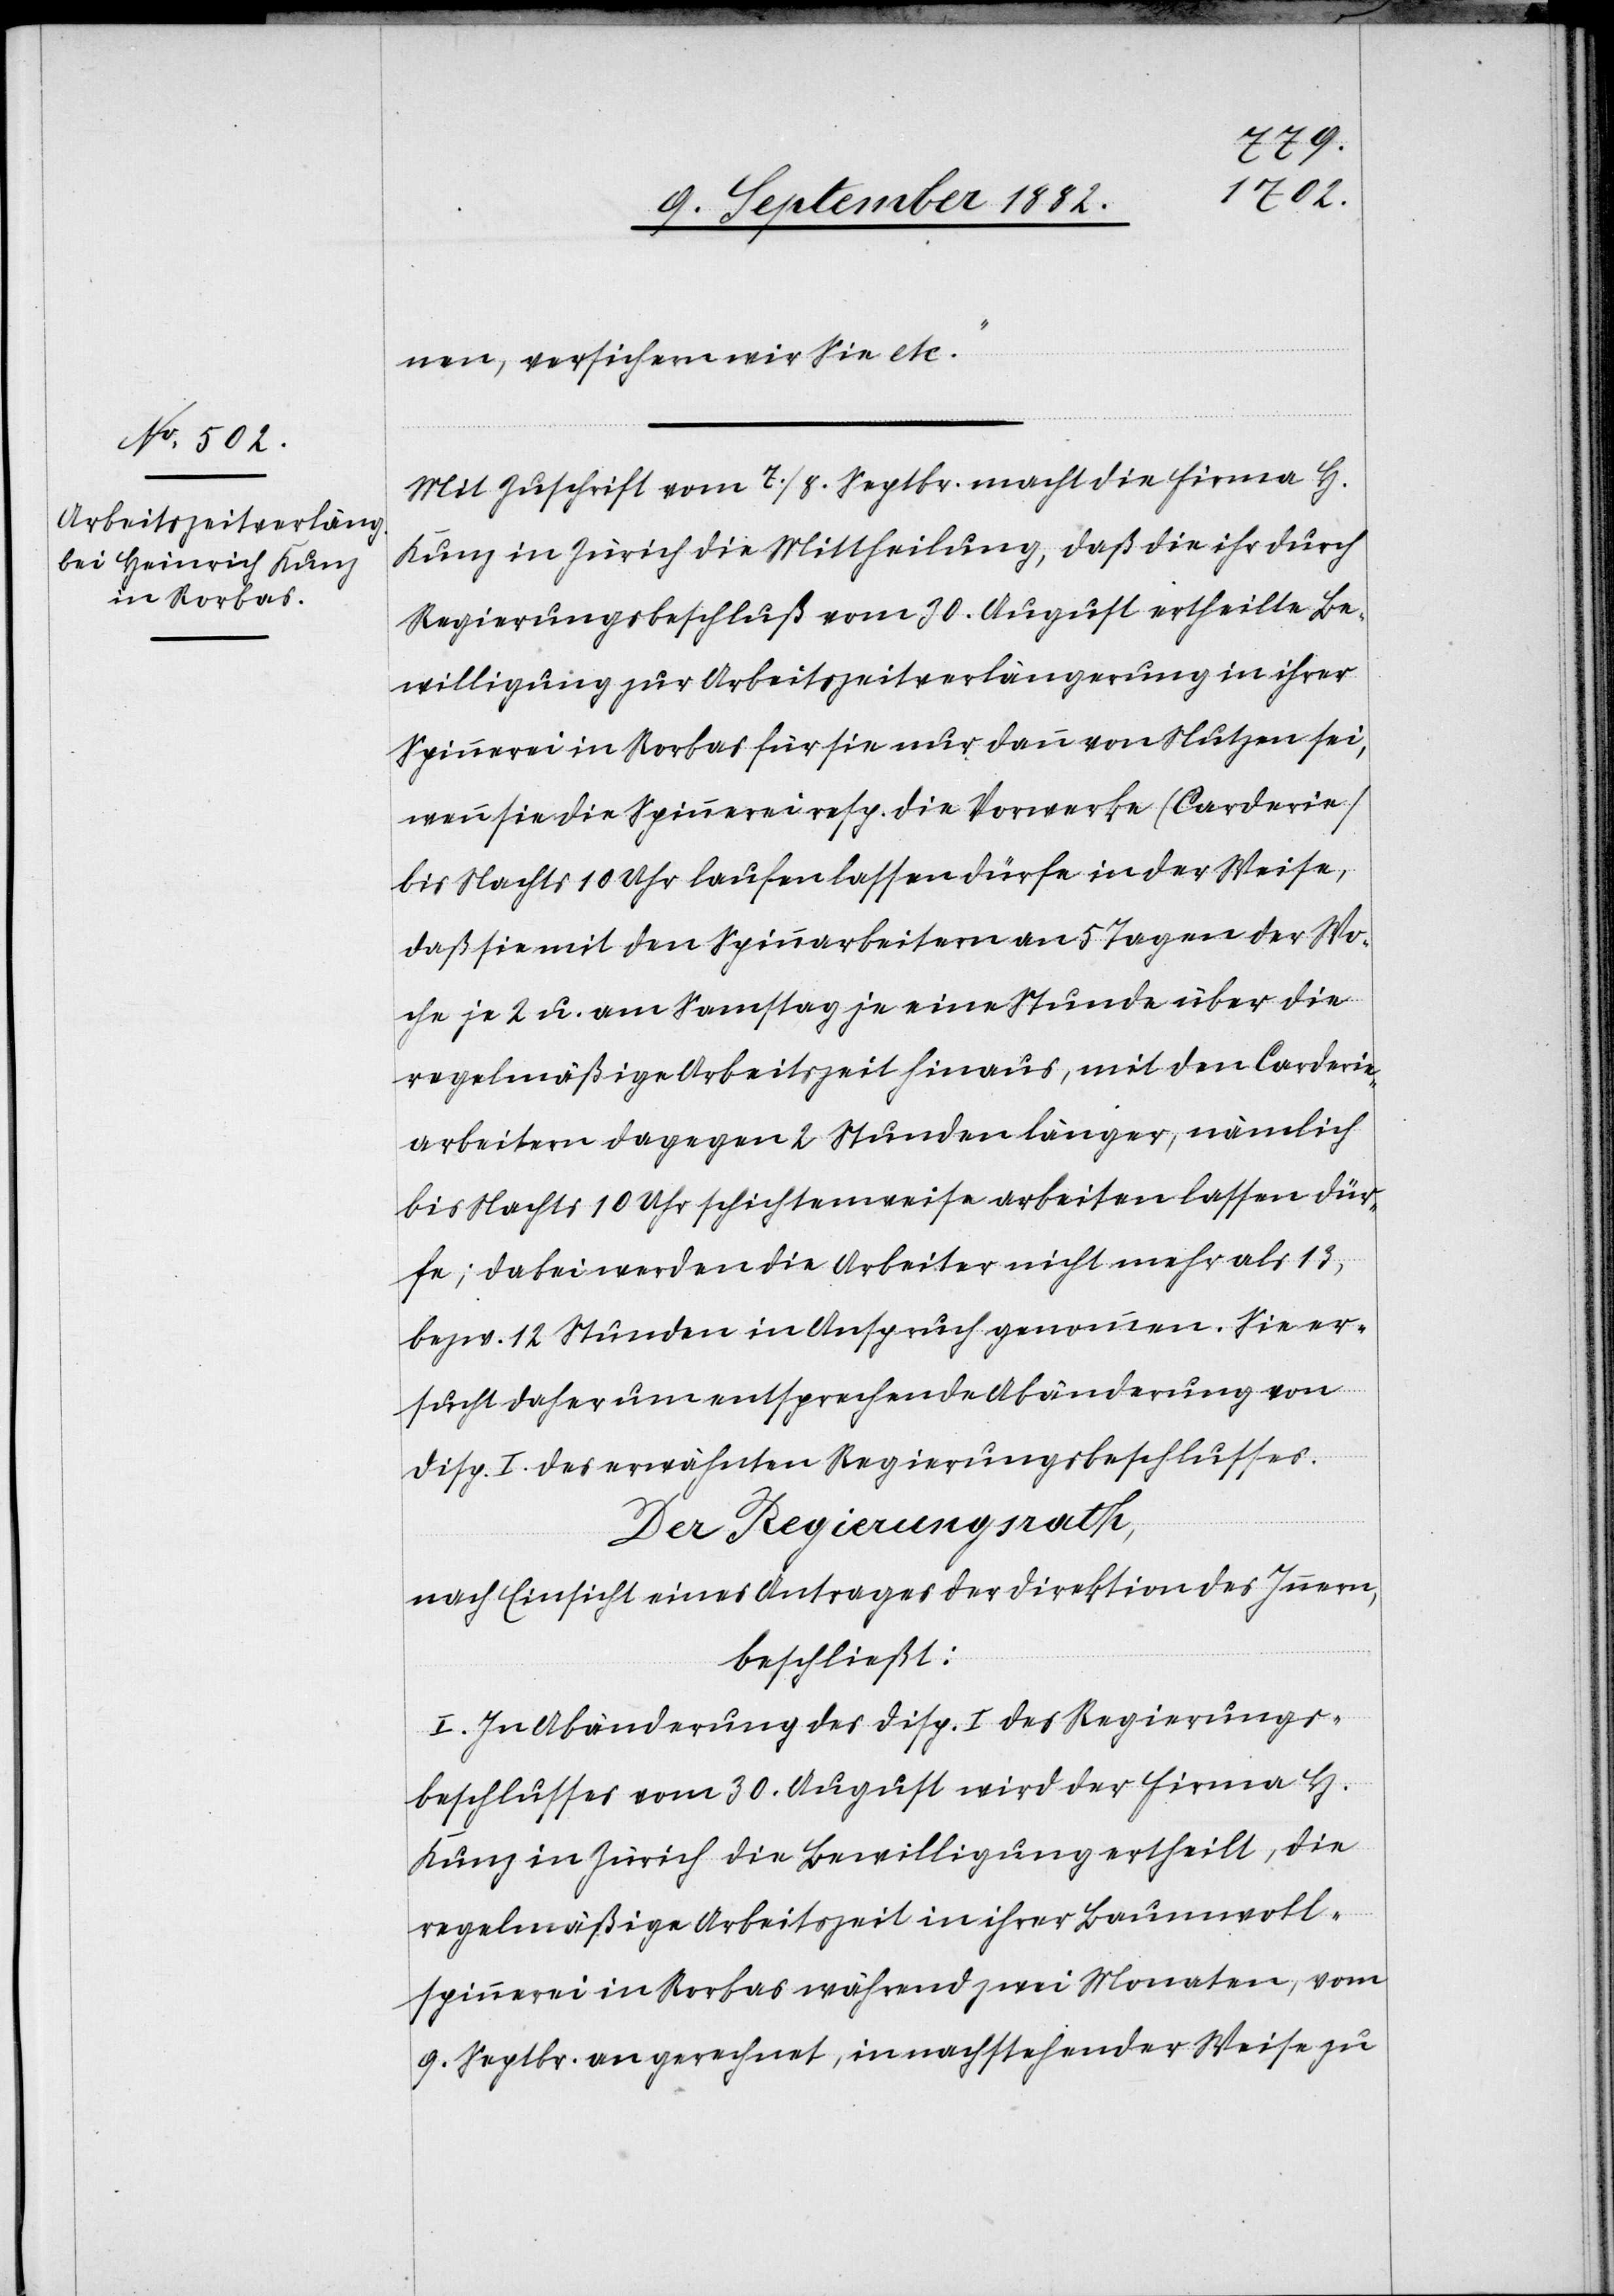
nen, versichern wir Sie etc.“
Mit Zuschrift vom 7./8. Septbr. macht die Firma H.
Kunz in Zürich die Mittheilung, daß die ihr durch
Regierungsbeschluß vom 30. August ertheilte Be¬
willigung zur Arbeitszeitverlängerung in ihrer
Spinnerei in Rorbas für sie nur dann von Nutzen sei,
wenn sie die Spinnerei resp. die Vorwerke (Carderie)
bis Nachts 10 Uhr laufen lassen dürfe in der Weise,
daß sie mit den Spinnarbeiten an 5 Tage der Wo¬
che je 2 u. am Samstag je eine Stunde über die
regelmäßige Arbeitszeit hinaus, mit den Carderie¬
arbeitern dagegen 2 Stunden länger, nämlich
bis Nachts 10 Uhr schichtenweise arbeiten lassen dür¬
fe; dabei werden die Arbeiter nicht mehr als 13,
bezw. 12 Stunden in Anspruch genommen. Sie er¬
sucht daher um entsprechende Abänderung von
Disp. I des erwähnten Regierungsbeschlusses.
Der Regierungsrath;
nach Einsicht eines Antrages der Direktion des Innern,
beschließt:
I. In Abänderung des Disp. I des Regierungs¬
beschlusses vom 30. August wird der Firma H.
Kunz in Zürich die Bewilligung ertheilt, die
regelmäßige Arbeitszeit in ihrer Baumwoll¬
spinnerei in Rorbas während zwei Monaten, vom
9. Septbr. an gerechnet, in nachstehender Weise zu